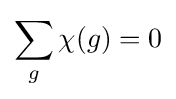
\sum _{g}\chi (g)=0